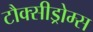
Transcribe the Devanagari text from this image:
टौक्सीड्रोम्स